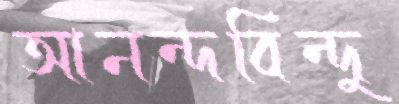
আনন্দবিন্দু